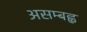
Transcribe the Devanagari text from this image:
असम्बह्व